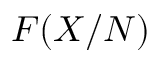
F ( X / N )